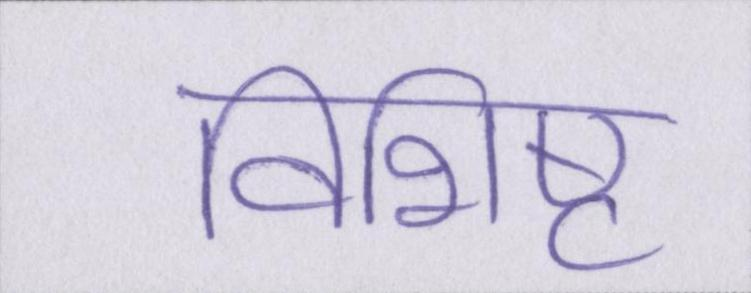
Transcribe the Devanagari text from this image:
विशिष्ट